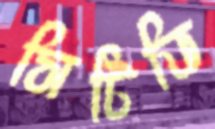
সিটিভি